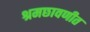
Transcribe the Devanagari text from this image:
श्रमछावणीत